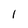
Character: 1